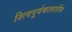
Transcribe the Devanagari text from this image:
शिवपूर्वकालातील